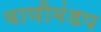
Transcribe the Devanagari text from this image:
वाणीमंडप